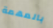
بالمهمة